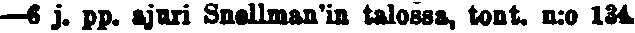
—6 j. pp. ajuri Snellman'in talossa, tont. n:o 143.